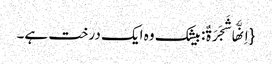
{اِنَّهَا شَجَرَةٌ: بیشک وہ ایک درخت ہے۔